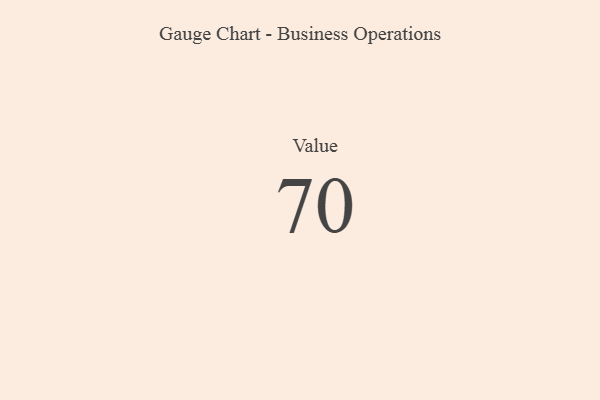
{"axis": {"x": "Metric", "y": "Value"}, "legend": [""], "data": [{"x": "Value", "y": 70, "type": ""}]}